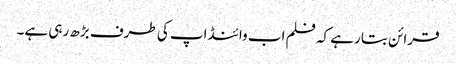
قرائن بتا رہے کہ فلم اب وائنڈ اپ کی طرف بڑھ رہی ہے۔